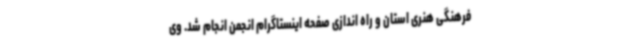
فرهنگی هنری استان و راه اندازی صفحه اینستاگرام انجمن انجام شد. وی